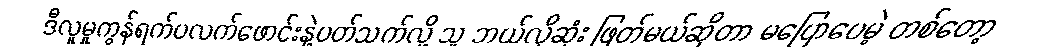
ဒီလူမှုကွန်ရက်ပလက်ဖောင်းနဲ့ပတ်သက်လို့ သူ ဘယ်လိုဆုံး ဖြတ်မယ်ဆိုတာ မပြောပေမဲ့ တစ်တော့